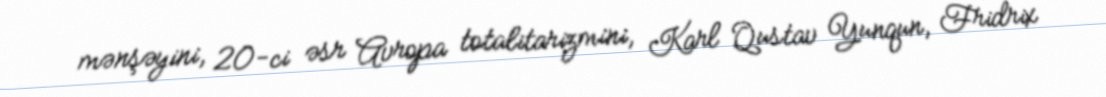
mənşəyini, 20-ci əsr Avropa totalitarizmini, Karl Qustav Yunqun, Fridrix